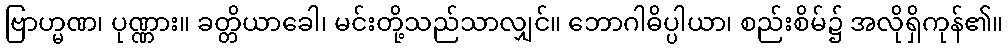
ဗြာဟ္မဏ၊ ပုဏ္ဏား။ ခတ္တိယာခေါ၊ မင်းတို့သည်သာလျှင်။ ဘောဂါဓိပ္ပါယာ၊ စည်းစိမ်၌ အလိုရှိကုန်၏။